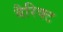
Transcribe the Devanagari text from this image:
बैरिक्ट